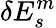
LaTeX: \delta E_{s}^{m}